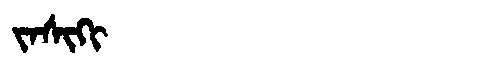
Manchu: ᠵᠠᠰᡳᡴᡳ
Romanization: JASIKI